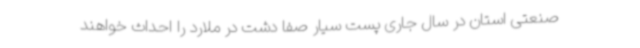
صنعتی استان در سال جاری پست‌ سیار صفا دشت در ملارد را احداث خواهند